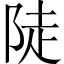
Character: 陡